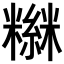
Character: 𥼮